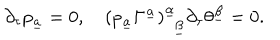
\partial _ { \tau } p _ { \underline { { a } } } = 0 , \quad ( p _ { \underline { { a } } } \Gamma ^ { \underline { { a } } } ) _ { ~ ~ \underline { { \beta } } } ^ { \underline { { \alpha } } } \partial _ { \tau } \theta ^ { \underline { { \beta } } } = 0 .